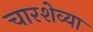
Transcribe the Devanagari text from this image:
चारशेव्या